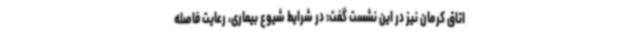
اتاق کرمان نیز در این نشست گفت: در شرایط شیوع بیماری، رعایت فاصله